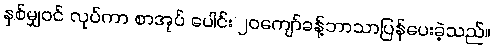
နှစ်မျှဝင် လုပ်ကာ စာအုပ် ပေါင်း ၂၀ကျော်ခန့်ဘာသာပြန်ပေးခဲ့သည်။